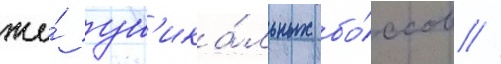
же́ ун'ика́льных бо́ссов //